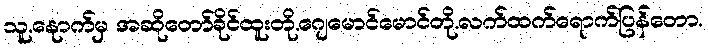
သူ.နေုာက်မှ အဆိုတော်ခိုင်ထူးတို.ဂျေမောင်မောင်တို.လက်ထက်ရောက်ပြန်တော.